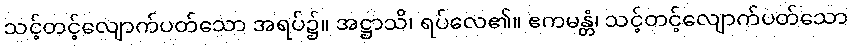
သင့်တင့်လျောက်ပတ်သော အရပ်၌။ အဋ္ဌာသိ၊ ရပ်လေ၏။ ဧကမန္တံ၊ သင့်တင့်လျောက်ပတ်သော